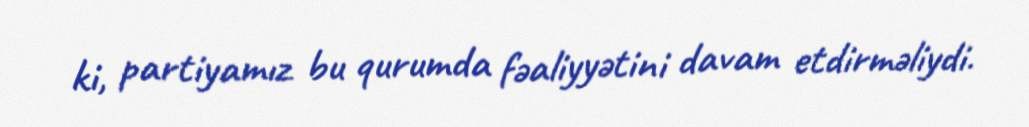
ki, partiyamız bu qurumda fəaliyyətini davam etdirməliydi.